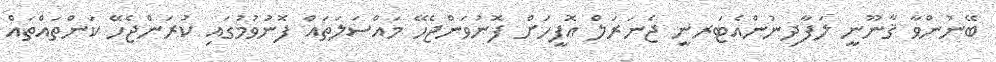
ބޭނުންވާ ޤާނޫނީ ލަފާދިނުންއެޓަރނީ ޖެނަރަލް އޮފީހަށް ފޮނުވަންޖެހޭ މައްސަލަތައް ފޮނުވުމުގައި ކުރަންޖެހޭ ކަންތައްތައް